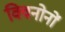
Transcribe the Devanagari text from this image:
क्विनोनों